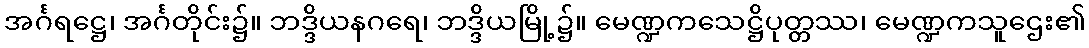
အင်္ဂရဋ္ဌေ၊ အင်္ဂတိုင်း၌။ ဘဒ္ဒိယနဂရေ၊ ဘဒ္ဒိယမြို့၌။ မေဏ္ဍကသေဋ္ဌိပုတ္တဿ၊ မေဏ္ဍကသူဌေး၏